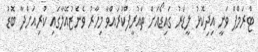
ޓްރަމްޕް ވަނީ އިދިކޮޅު ލީޑަރު ގައިޑޯއަށް ތައުރީފްކުރައްވާ މިހާރު ވެނެޒުއޭލާގައި ކުރިއަށްދާ ބޮޑު